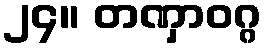
၂၄။ တဏှာဝဂ္ဂ